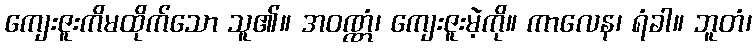
ကျေးဇူးကိမထိုက်သော သူ၏။ အဝဏ္ဏံ၊ ကျေးဇူးမဲ့ကို။ ကာလေန၊ ရံခါ။ ဘူတံ၊